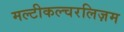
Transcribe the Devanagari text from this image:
मल्टीकल्चरलिज़म